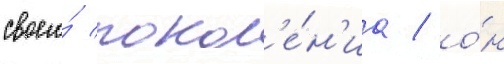
своего́ покол'е́н'иа / о́н